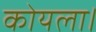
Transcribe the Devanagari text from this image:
कोयला।